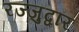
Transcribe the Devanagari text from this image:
रज्जुद्वार